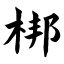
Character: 梆